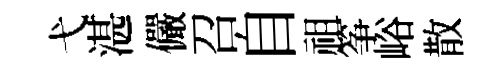
弋湛儼召自祖筝峪散